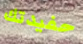
حفيدتك